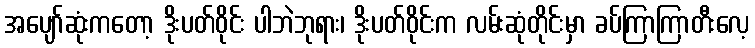
အပျော်ဆုံးကတော့ ဒိုးပတ်ဝိုင်း ပါဘဲဘုရား၊ ဒိုးပတ်ဝိုင်းက လမ်းဆုံတိုင်းမှာ ခပ်ကြာကြာတီးလေ့